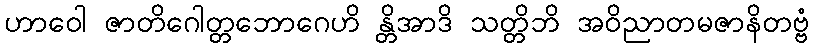
ဟာဝေါ ဇာတိဂေါတ္တဘောဂေဟိ န္တိအာဒိ သတ္တိဘိ အဝိညာတမဇာနိတဗ္ဗံ